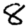
Digit: 8